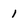
Character: 1